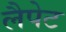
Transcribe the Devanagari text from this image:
लैपेट